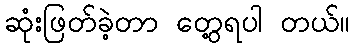
ဆုံးဖြတ်ခဲ့တာ တွေ့ရပါ တယ်။